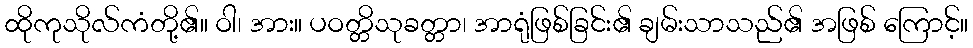
ထိုကုသိုလ်ကံတို့၏။ ဝါ၊ အား။ ပဝတ္တိသုခတ္တာ၊ အာရုံဖြစ်ခြင်း၏ ချမ်းသာသည်၏ အဖြစ် ကြောင့်။